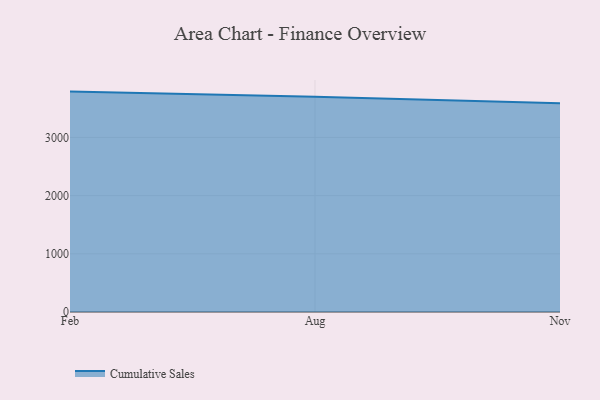
{"axis": {"x": "Month", "y": "Budget (USD K)"}, "legend": ["Cumulative Sales"], "data": [{"x": "Feb", "y": 3787.8, "type": "Cumulative Sales"}, {"x": "Aug", "y": 3698.0, "type": "Cumulative Sales"}, {"x": "Nov", "y": 3589.1, "type": "Cumulative Sales"}]}